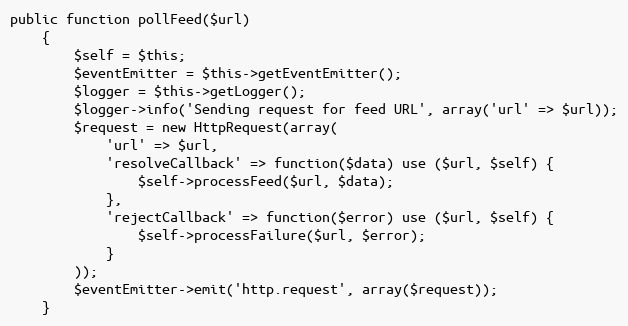
Language: PHP
public function pollFeed($url)
    {
        $self = $this;
        $eventEmitter = $this->getEventEmitter();
        $logger = $this->getLogger();
        $logger->info('Sending request for feed URL', array('url' => $url));
        $request = new HttpRequest(array(
            'url' => $url,
            'resolveCallback' => function($data) use ($url, $self) {
                $self->processFeed($url, $data);
            },
            'rejectCallback' => function($error) use ($url, $self) {
                $self->processFailure($url, $error);
            }
        ));
        $eventEmitter->emit('http.request', array($request));
    }